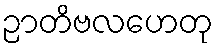
ဉာတိဗလဟေတု